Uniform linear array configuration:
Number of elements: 12
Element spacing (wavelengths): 1
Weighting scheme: kaiser
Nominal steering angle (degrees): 60
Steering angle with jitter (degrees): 60.762
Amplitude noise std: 0.05
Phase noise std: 0.05

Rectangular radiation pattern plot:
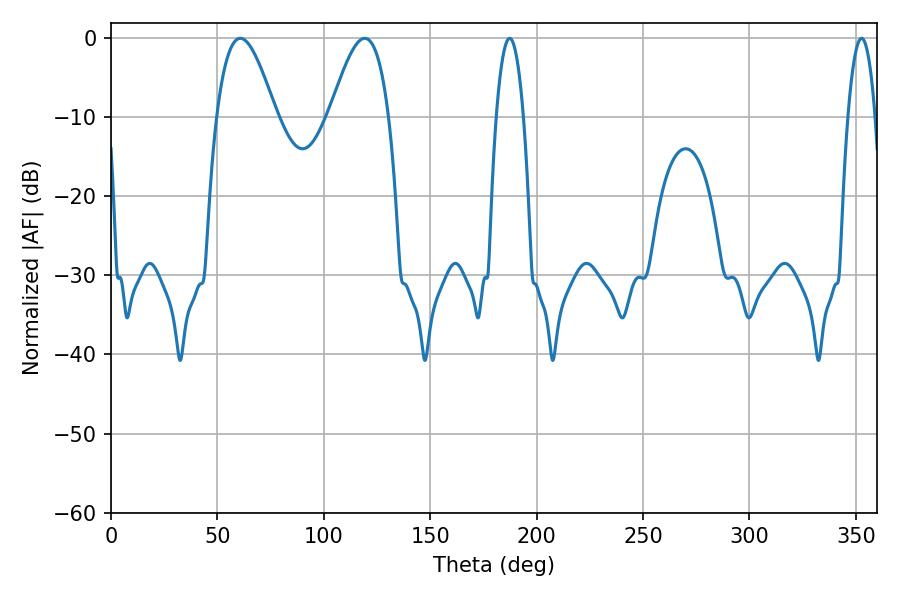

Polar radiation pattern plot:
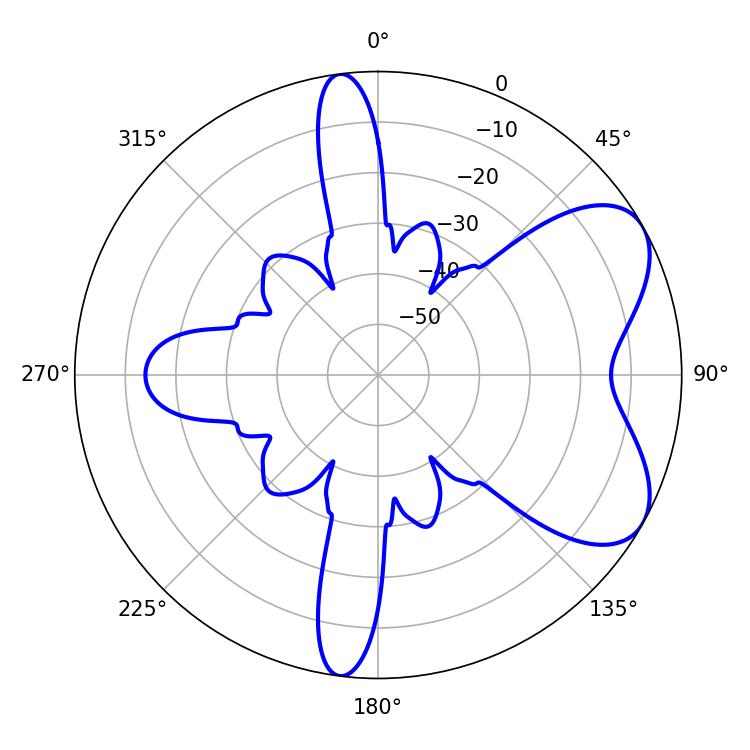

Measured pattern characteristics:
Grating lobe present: TRUE
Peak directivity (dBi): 6.267
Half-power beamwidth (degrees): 14.94
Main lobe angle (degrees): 60.84